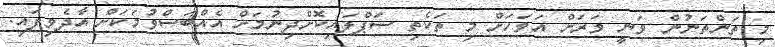
މި ތަންތަނުން ވަނީ ވަރަށް އަވަހަށް މި ތަކެތި ސަޕްލައިކޮށްދިނުމަށް އެއްބަސްވުމަކަށް އާދެވިފައި.